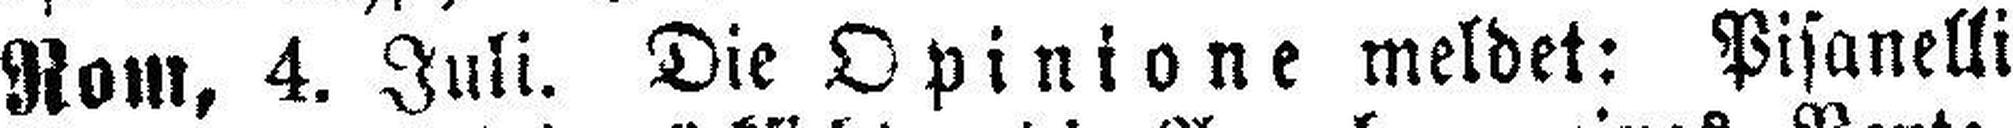
Rom, 4. Juli. Die Opinione meldet: Pisanelli